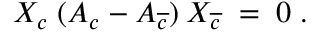
X _ { c } \; ( A _ { c } - A _ { \overline { { { c } } } } ) \: X _ { \overline { { { c } } } } \; = \; 0 \; .